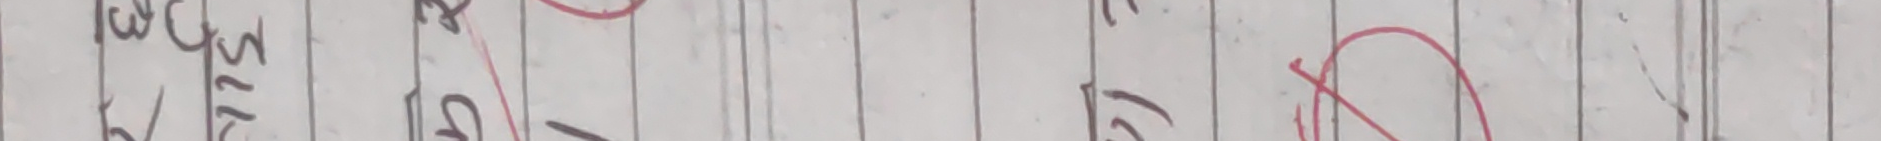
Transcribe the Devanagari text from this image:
२०७३